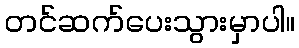
တင်ဆက်ပေးသွားမှာပါ။